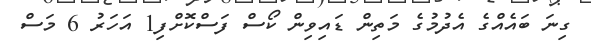
ގިނަ ބައެއްގެ އެދުމުގެ މަތިން ޑައިވިން ކޯސް ފަސްކޮށްފި1 އަހަރު 6 މަސް